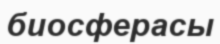
биосферасы